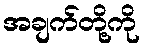
အချက်တို့ကို